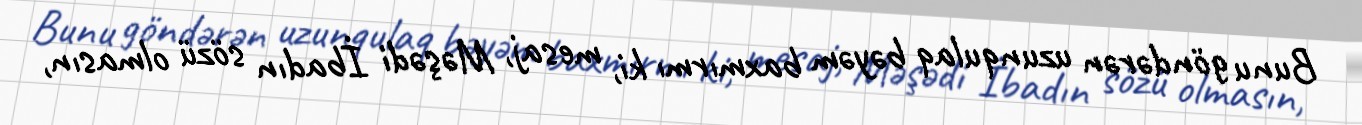
Bunu göndərən uzunqulaq bəyəm baxmırmı ki, mesaj, Məşədi İbadın sözü olmasın,